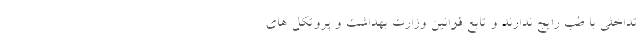
تداخلی با طب رایج ندارند و تابع قوانین وزارت بهداشت و پروتکل های